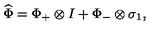
\widehat { \Phi } = \Phi _ { + } \otimes I + \Phi _ { - } \otimes \sigma _ { 1 } ,